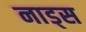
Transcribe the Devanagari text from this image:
नाड्स